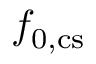
f _ { \mathrm { 0 , c s } }